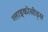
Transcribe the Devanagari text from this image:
ग्लाइकोसीड्स